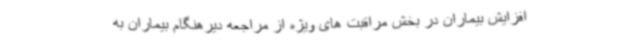
افزایش بیماران در بخش مراقبت های ویژه از مراجعه دیرهنگام بیماران به